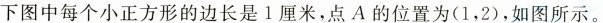
下图中每个小正方形的边长是1厘米，点A的位置为(1，2)，如图所示。